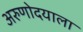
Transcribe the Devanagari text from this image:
अरुणोदयाला